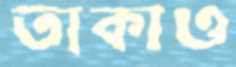
তাকাও